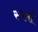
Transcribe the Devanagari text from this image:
स्पर्मा